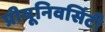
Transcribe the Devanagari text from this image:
प्रीयूनिवर्सिटी